Report of the Indian Hemp Drugs Commission, 1894-1895 - Volume II
Year: 1894
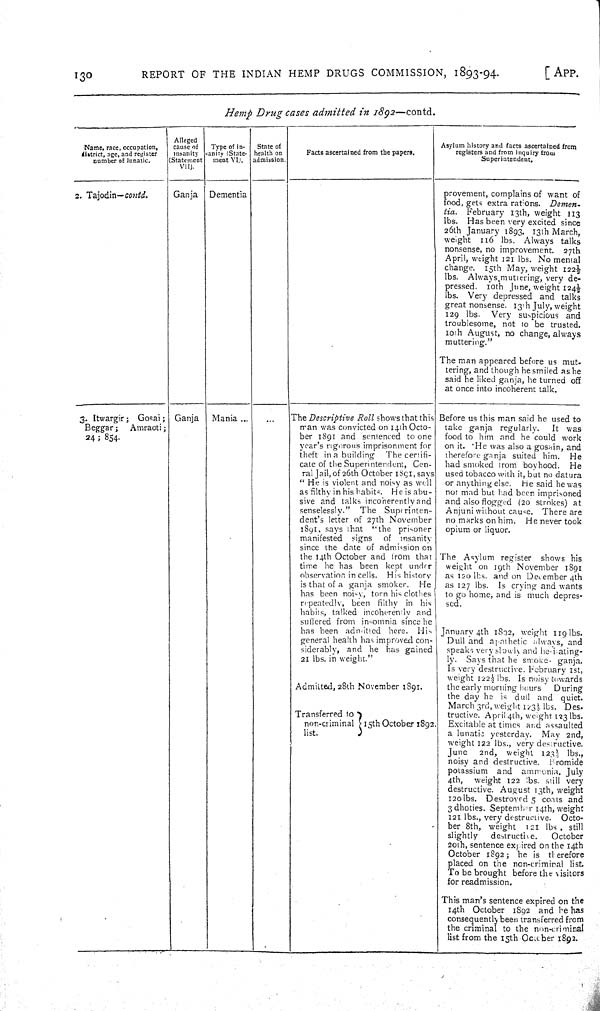
130
REPORT
OF THE INDIAN
HEMP DRUGS COMMISSION,
1893-94.
[APP.
Hemp
Drug
cases
admitted
in
1892—contd.
Name, race, occupation,
district, age, and register
number of lunatic.
Alleged
cause of
insanity
(Statement
VII).
Type of in-
anity (State-
ment
VI).
State of
health on
admission.
Facts ascertained from the papers.
Asylum history and facts ascertained from
registers and from inquiry from
Superintendent.
2. Tajodin—contd.
Ganja
Dementia
provement, complains of want of
food, gets extra rations.
Demen-
tia.
February 13th, weight 113
lbs.
Has been very excited since
26th January 1893. 13th March,
weight
116 lbs. Always
talks
nonsense, no improvement.
27th
April, weight 121 lbs. No mental
change.
15th May, weight 122½
lbs.
Always muttering, very de-
pressed.
10th June, weight 124½
lbs. Very depressed and talks
great nonsense. 13th July, weight
129 lbs.
Very suspicious
and
troublesome, not to be trusted.
10th August, no change, always
muttering."
The man appeared before us mut-
tering, and though he smiled as he
said he liked ganja, he turned off
at once into incoherent talk.
3. Itwargir; Gosai;
Beggar;
Amraoti;
24; 854.
Ganja
Mania
The Descriptive
Roll shows that this
man was convicted on 14th Octo-
ber 1891 and sentenced to one
year's rigorous imprisonment for
theft in a building
The certifi-
cate of the Superintendent, Cen-
ral Jail, of 26th October 1891, says
"He is violent and noisy as well
as filthy in his habits. He is abu-
sive and talks incoherently and
senselessly."
The
Superinten-
dent's letter of 27th November
1891, says that
"the
prisoner
manifested
signs
of
insanity
since the date of admission on
the 14th October and from that
time he has been kept under
observation in cells.
His history
is that of a ganja smoker.
He
has been noisy, torn his clothes
repeatedly, been
filthy
in his
habits, talked incoherently and
suffered from insomnia since he
has been admitted here.
His
general health has improved con-
siderably, and he has gained
21 lbs. in weight."
Admitted, 28th November 1891.
Transferred to
non-criminal
15th October 1892.
list.
Before us this man said he used to
take ganja regularly.
It
was
food to him and he could work
on it.
He was also a gosain, and
therefore ganja suited him.
He
had smoked from boyhood.
He
used tobacco with it, but no datura
or anything else.
He said he was
not mad but had been imprisoned
and also flogged (20 strokes) at
Anjuni without cause. There are
no marks on him.
He never took
opium or liquor.
The Asylum register
shows his
weight on 19th November 1891
as 120 lbs. and on December 4th
as 127 lbs.
Is crying and wants
to go home, and is much depres-
sed.
January 4th 1802, weight 119 lbs.
Dull and apathetic always, and
speaks very slowly and
hesitating-
ly.
Says that he smoke
ganja,
Is very destructive. February 1st,
weight 122½ lbs. Is noisy towards
the early morning hours
During
the day he is dull and
quiet.
March 3rd, weight 123½ lbs. Des-
tructive. April 4th, weight 123 lbs.
Excitable at times and assaulted
a lunatic yesterday.
May 2nd,
weight 122 lbs., very destructive.
June
2nd,
weight 123½ lbs.,
noisy and destructive.
Bromide
potassium
and ammonia. July
4th,
weight 122 lbs. still very
destructive. August 13th, weight
120 lbs. Destroyed 5 coats and
3 dhoties. September 14th, weight
121 lbs., very destructive.
Octo-
ber 8th, weight
121 lbs, still
slightly
destructive.
October
20th, sentence expired on the 14th
October 1892; he is
therefore
placed on the non-criminal list.
To be brought before the visitors
for readmission.
This man's sentence expired on the
14th October 1892 and he has
consequently been transferred from
the criminal to the non-criminal
list from the 15th October 1892.